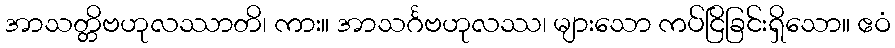
အာသတ္တိဗဟုလဿာတိ၊ ကား။ အာသင်္ဂဗဟုလဿ၊ များသော ကပ်ငြိခြင်းရှိသော။ ဧဝံ